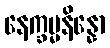
နေက္ခမ္မနိန္နော